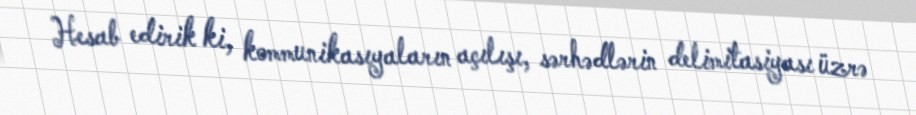
Hesab edirik ki, kommunikasıyaların açılışı, sərhədlərin delimitasiyası üzrə